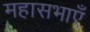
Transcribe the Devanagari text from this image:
महासभाएँ